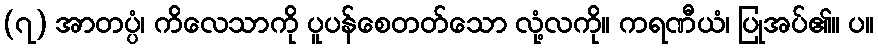
(၇) အာတပ္ပံ၊ ကိလေသာကို ပူပန်စေတတ်သော လုံ့လကို။ ကရဏီယံ၊ ပြုအပ်၏။ ပ။